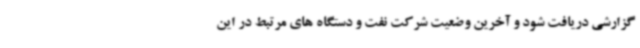
گزارشی دریافت شود و آخرین وضعیت شرکت نفت و دستگاه های مرتبط در این